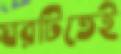
ঘরটিতেই